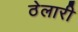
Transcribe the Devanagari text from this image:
ठेलारी